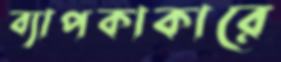
ব্যাপকাকারে